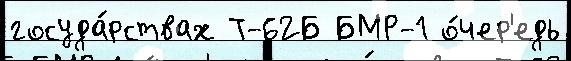
госуда́рствах Т-62Б БМР-1 о́чер'едь